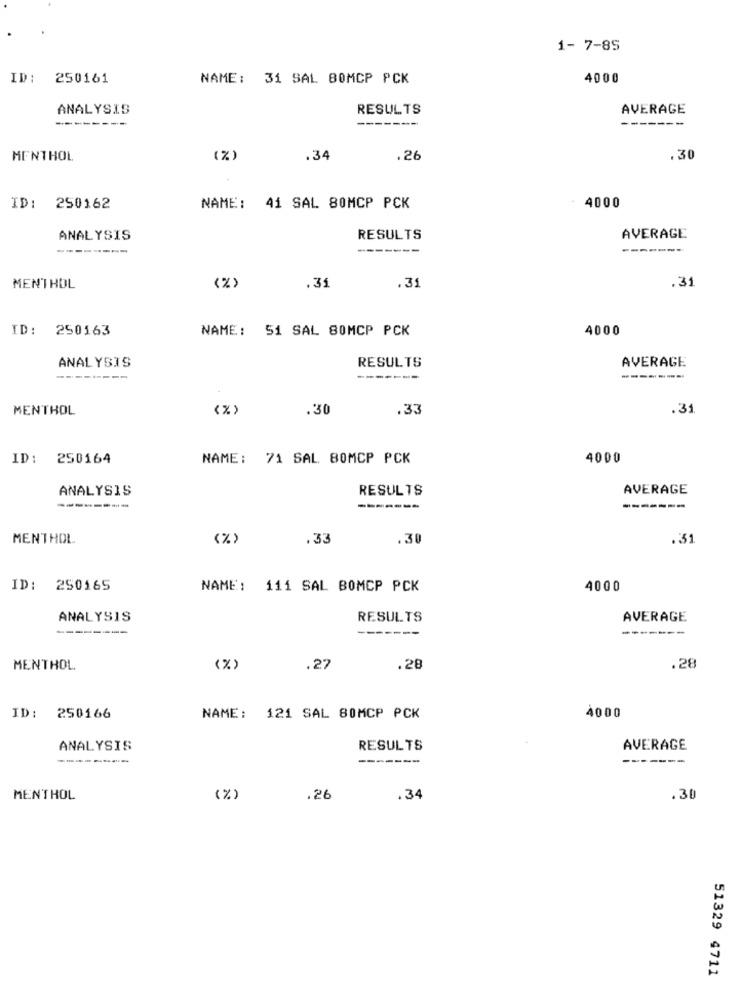
1- 7-85
ID: 250161
NAME: 31 SAL BOMCP PCK
4000
ANALYSIS
RESULTS
AVERAGE
--------
----
MENTHOL
(%)
.34
.26
.30
ID: 250162
NAME:
41 SAL 80MCP PCK
4000
ANALYSIS
RESULTS
AVERAGE
---
MENTHOL
(%)
.31
.31
.31
ID: 250163
NAME: 51 SAL 80MCP PCK
4000
ANALYSIS
RESULTS
AVERAGE
------
--------
MENTHOL
<%>
.30
.33
.31
ID: 250164
NAME: 71 SAL BOMCP PCK
4000
ANALYSIS
RESULTS
AVERAGE
--------
MENTHOL
(%)
.33
.30
.31
ID: 250165
NAME: 111 SAL BOMCP PCK
4000
ANALYSIS
RESULTS
AVERAGE
--------
-------
-------
MENTHOL
(%
.27
.28
.28
ID: 250166
NAME: 121 SAL 80MCP PCK
4000
ANALYSIS
RESULTS
AVERAGE
--------
-------
-------
MEN'THOL
( %)
.26
.34
.30
51329 4711